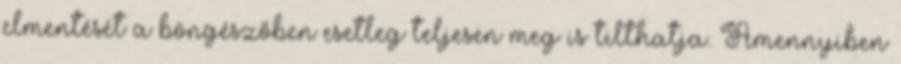
elmentését a böngészőben esetleg teljesen meg is tilthatja. Amennyiben